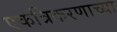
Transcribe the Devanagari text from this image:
एकत्रिकरणाच्या